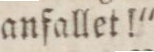
anfallet!"